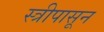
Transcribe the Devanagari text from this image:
स्त्रीपासून